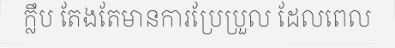
ក្លឹប តែងតែមានការប្រែប្រួល ដែលពេល